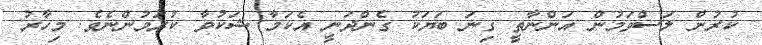
ކުރުން ލަސްވަމުން އަންނާތީ ގިނަ ބަޔަކު ގެންދަނީ އެކަމާ ޝަކުވާ ކުރަމުންނެވެ. މިހާރު